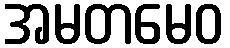
အမတမေဝ